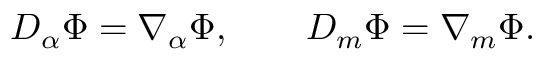
{ \cal D } _ { \alpha } \Phi = \nabla _ { \alpha } \Phi , \qquad { \cal D } _ { m } \Phi = \nabla _ { m } \Phi .